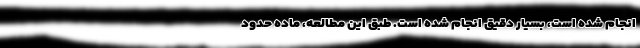
انجام شده است، بسیار دقیق انجام شده است. طبق این مطالعه، ماده حدود